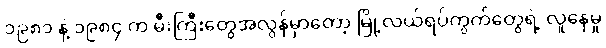
၁၉၈၁ နဲ့ ၁၉၈၄ က မီးကြီးတွေအလွန်မှာတော့ မြို့လယ်ရပ်ကွက်တွေရဲ့ လူနေမှု